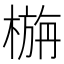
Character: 㮵